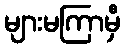
များမကြာမှီ